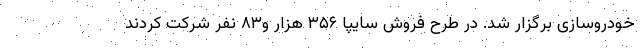
خودروسازی برگزار شد. در طرح فروش سايپا ۳۵۶ هزار و۸۳ نفر شركت كردند